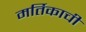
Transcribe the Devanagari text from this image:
मर्तिकाची